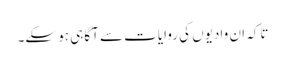
تاکہ ان وادیوں کی روایات سے آگاہی ہو سکے۔